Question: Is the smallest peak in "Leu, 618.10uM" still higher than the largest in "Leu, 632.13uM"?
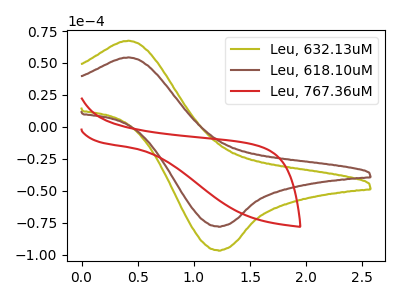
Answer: <think>The olive curve "Leu, 632.13uM" has an anodic peak at (0.40V, 67.45uA) and a cathodic peak at (1.20V, -96.30uA). The brown curve "Leu, 618.10uM" has an anodic peak at (0.40V, 54.40uA) and a cathodic peak at (1.20V, -77.70uA). The red curve "Leu, 767.36uM" has no peaks.</think>
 <answer>Every peak in "Leu, 618.10uM" is lower than every peak in "Leu, 632.13uM".</answer>
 <eval>lower</eval>